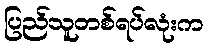
ပြည်သူတစ်ရပ်လုံးက